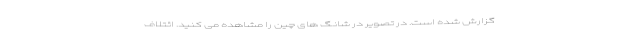
گزارش شده است. در تصویر در شانگ های چین را مشاهده می کنید. ائتلاف